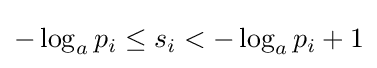
-\log _{a}p_{i}\leq s_{i}<-\log _{a}p_{i}+1